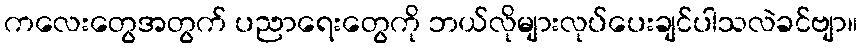
ကလေးတွေအတွက် ပညာရေးတွေကို ဘယ်လိုများလုပ်ပေးချင်ပါသလဲခင်ဗျာ။